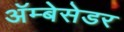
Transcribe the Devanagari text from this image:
अॅम्बेसेडर